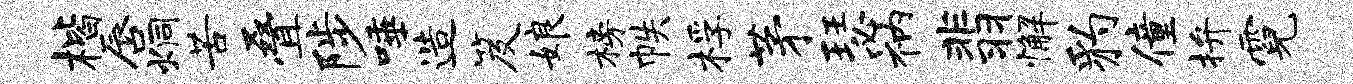
楷唇炯苦叠陟唾造笈娘榜帙桴茅瑟衲翡懈豹僮拚霓